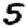
Digit: 5